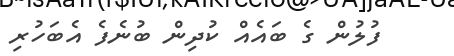
ފުލުން ގެ ބައެއް ކުދިން ބުނެފެ އެބަހުރި